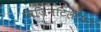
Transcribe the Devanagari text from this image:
विजिनटिलीयन